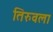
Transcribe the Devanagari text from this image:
तिरुवला